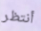
أنتظر